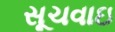
સૂચવાઇ